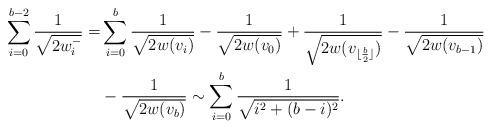
LaTeX: \begin{align*}\sum_{i=0}^{b-2}\frac 1{\sqrt{2w_i^-}}= & \sum_{i=0}^b\frac 1{\sqrt{2w(v_i)}}-\frac 1{\sqrt{2w(v_0)}}+\frac 1{\sqrt{2w(v_{\lfloor\frac b2\rfloor})}}-\frac 1{\sqrt{2w(v_{b-1})}}\\&-\frac 1{\sqrt{2w(v_b)}}\sim \sum_{i=0}^b\frac 1{\sqrt{i^2+(b-i)^2}}.\end{align*}